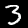
Digit: 3